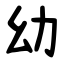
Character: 幼